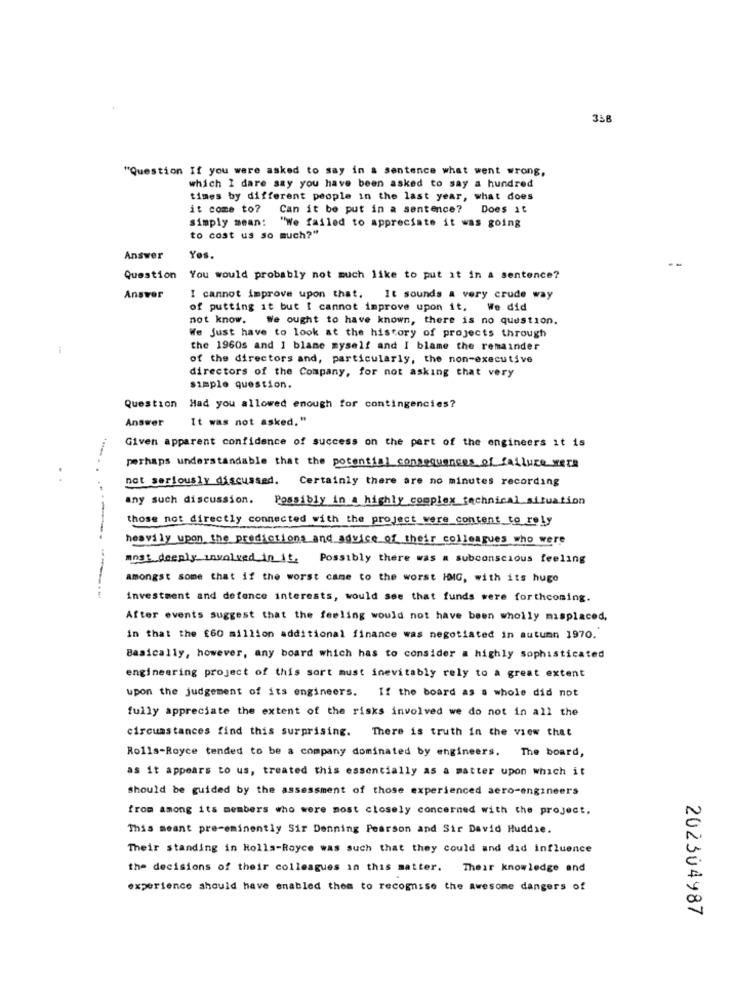
358
"Question If you were asked to say in a sentence what went wrong,
which I dare say you have been asked to say a hundred
times by different people in the last year, what does
it come to? Can it be put in a sentence? Does it
simply mean: "We failed to appreciate it was going
to cost us so much?"
Answer
Yes.
Question You would probably not much like to put it in a sentence?
Answer
I cannot improve upon that. It sounds a very crude way
of putting it but I cannot improve upon it. We did
not know. We ought to have known, there is no question.
We just have to look at the history of projects through
i
the 1960s and I blame myself and I blame the remainder
of the directors and, particularly, the non-executive
directors of the Company, for not asking that very
simple question.
Question Had you allowed enough for contingencies?
Answer
It was not asked. "
Given apparent confidence of success on the part of the engineers it is
perhaps understandable that the potential consequences of failure wers
not seriously discussed. Certainly there are no minutes recording
any such discussion. Possibly in a highly complex fachnical situation
those not directly connected with the project_were_content to rely
heavily upon the predictions and advice of their colleagues who were
most deeply involved in it, Possibly there was a subconscious feeling
amongst some that if the worst came to the worst HMG, with its hugo
investment and defence interests, would see that funds were forthcoming.
After events suggest that the feeling would not have been wholly misplaced,
in that the €60 million additional finance was negotiated in autumn 1970.
Basically, however, any board which has to consider a highly sophisticated
engineering project of this sort must inevitably rely to a great extent
upon the judgement of its engineers. If the board as a whole did not
fully appreciate the extent of the risks involved we do not in all the
circumstances find this surprising. There is truth in the view that
Rolls-Royce tended to be a company dominated by engineers. The board,
as it appears to us, treated this essentially as a matter upon which it
should be guided by the assessment of those experienced aero-engineers
from among its members who were most closely concerned with the project,
This meant pre-eminently Sir Denning Pearson and Sir David Huddie.
Their standing in Rolls-Royce was such that they could and did influence
the decisions of their colleagues in this matter. Their knowledge and
experience should have enabled them to recognise the Awesome dangers of
202304987